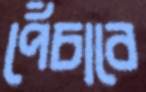
পেঁচাবে